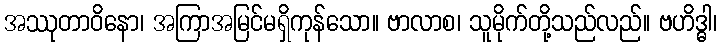
အဿုတာဝိနော၊ အကြာအမြင်မရှိကုန်သော။ ဗာလာစ၊ သူမိုက်တို့သည်လည်။ ဗဟိဒ္ဓါ၊